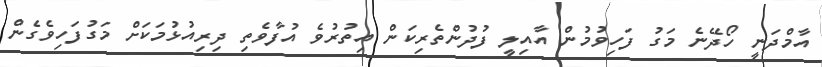
އާމްދަނީ ހޯދޭނެ މަގު ފަހިވުމުން އާއިލީ ފުދުންތެރިކަން އިތުރުވެ އުފާވެތި ދިރިއުޅުމަކަށް މަގުފަހިވެގެން